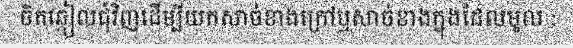
ចិតឆ្កៀលជុំវិញដើម្បីយកសាច់ខាងក្រៅឬសាច់ខាងក្នុងដែលមូល :